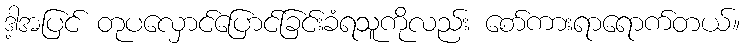
ဒါ့အပြင် တုပလှောင်ပြောင်ခြင်းခံရသူကိုလည်း စော်ကားရာရောက်တယ်။